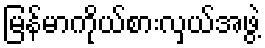
မြန်မာကိုယ်စားလှယ်အဖွဲ့